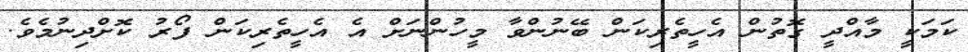
ކަމަކީ މާއްދީ ގޮތުން އެހީތެރިކަން ބޭނުންވާ މީހުންނަށް އެ އެހީތެރިކަން ފޯރު ކޮށްދިނުމެވެ.